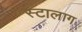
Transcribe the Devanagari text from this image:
स्टालाग